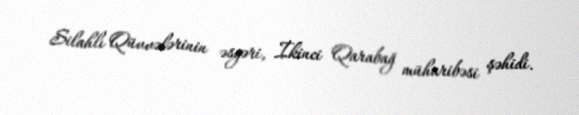
Silahlı Qüvvələrinin əsgəri, İkinci Qarabağ müharibəsi şəhidi.